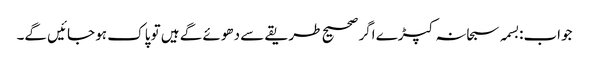
جواب:بسمہ سبحانہ کپڑے اگر صحیح طریقے سے دھوئے گے ہیں تو پاک ہو جائیں گے۔